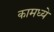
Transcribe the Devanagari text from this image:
कामध्ये